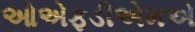
ઓએફડીએમએ